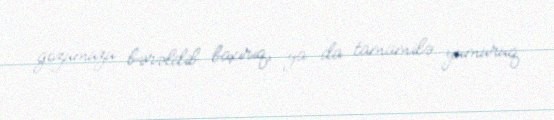
gözümüzü bərəldib baxırıq, ya da tamamilə yumuruq.